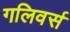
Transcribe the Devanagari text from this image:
गलिवर्स